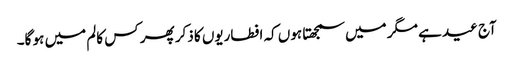
آج عید ہے مگر میں سمجھتا ہوں کہ افطاریوں کا ذکر پھر کس کالم میں ہو گا۔